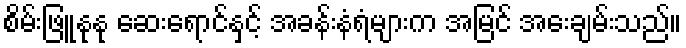
စိမ်းဖြူနုနု ဆေးရောင်နှင့် အခန်းနံရံများက အမြင် အေးချမ်းသည်။